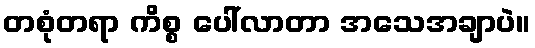
တစုံတရာ ကိစ္စ ပေါ်လာတာ အသေအချာပဲ။